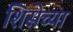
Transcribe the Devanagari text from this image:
शिसेच्या